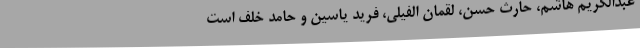
عبدالکریم هاشم، حارث حسن، لقمان الفیلی، فرید یاسین و حامد خلف است